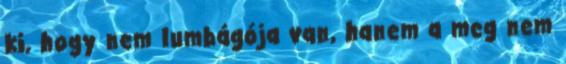
ki, hogy nem lumbágója van, hanem a meg nem